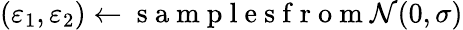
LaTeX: (\varepsilon_{1},\varepsilon_{2})\gets\mathrm{~s~a~m~p~l~e~s~f~r~o~m~}{\cal N}(0,\sigma)